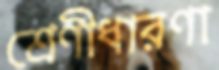
শ্রেণীধারণা